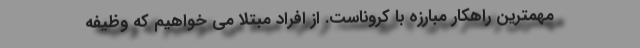
مهمترین راهکار مبارزه با کروناست. از افراد مبتلا می خواهیم که وظیفه